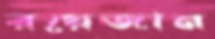
রয়েজান